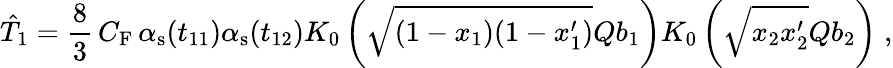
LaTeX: \hat{T}_{1}=\frac{8}{3}\, C_{\mathrm{F}}\, \alpha_{\mathrm{s}}(t_{11})\alpha_{\mathrm{s}}(t_{12})K_{0}\left(\sqrt{(1-x_{1})(1-x_{1}^{\prime})}Qb_{1}\right)K_{0}\left(\sqrt{x_{2}x_{2}^{\prime}}Qb_{2}\right)\; ,